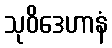
သုဝိဒေဟာနံ